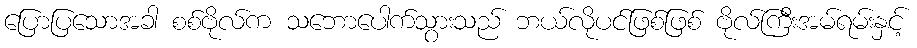
ပြောပြသောအခါ စစ်ဗိုလ်က သဘောပေါက်သွားသည် ဘယ်လိုပင်ဖြစ်ဖြစ် ဗိုလ်ကြီးအမ်ရမ်းနှင့်